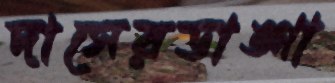
দাসেরডাঙ্গা